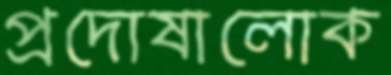
প্রদোষালোক